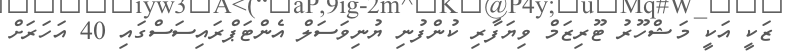
ޒަކީ އަކީ މަޝްހޫރު ޓޫރިޒަމް ވިޔަފާރި ކުންފުނި ޔުނިވަސަލް އެންޓަޕްރައިސަސްގައި 40 އަހަރަށް